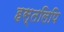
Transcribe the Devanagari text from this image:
हस्‍तलिपि